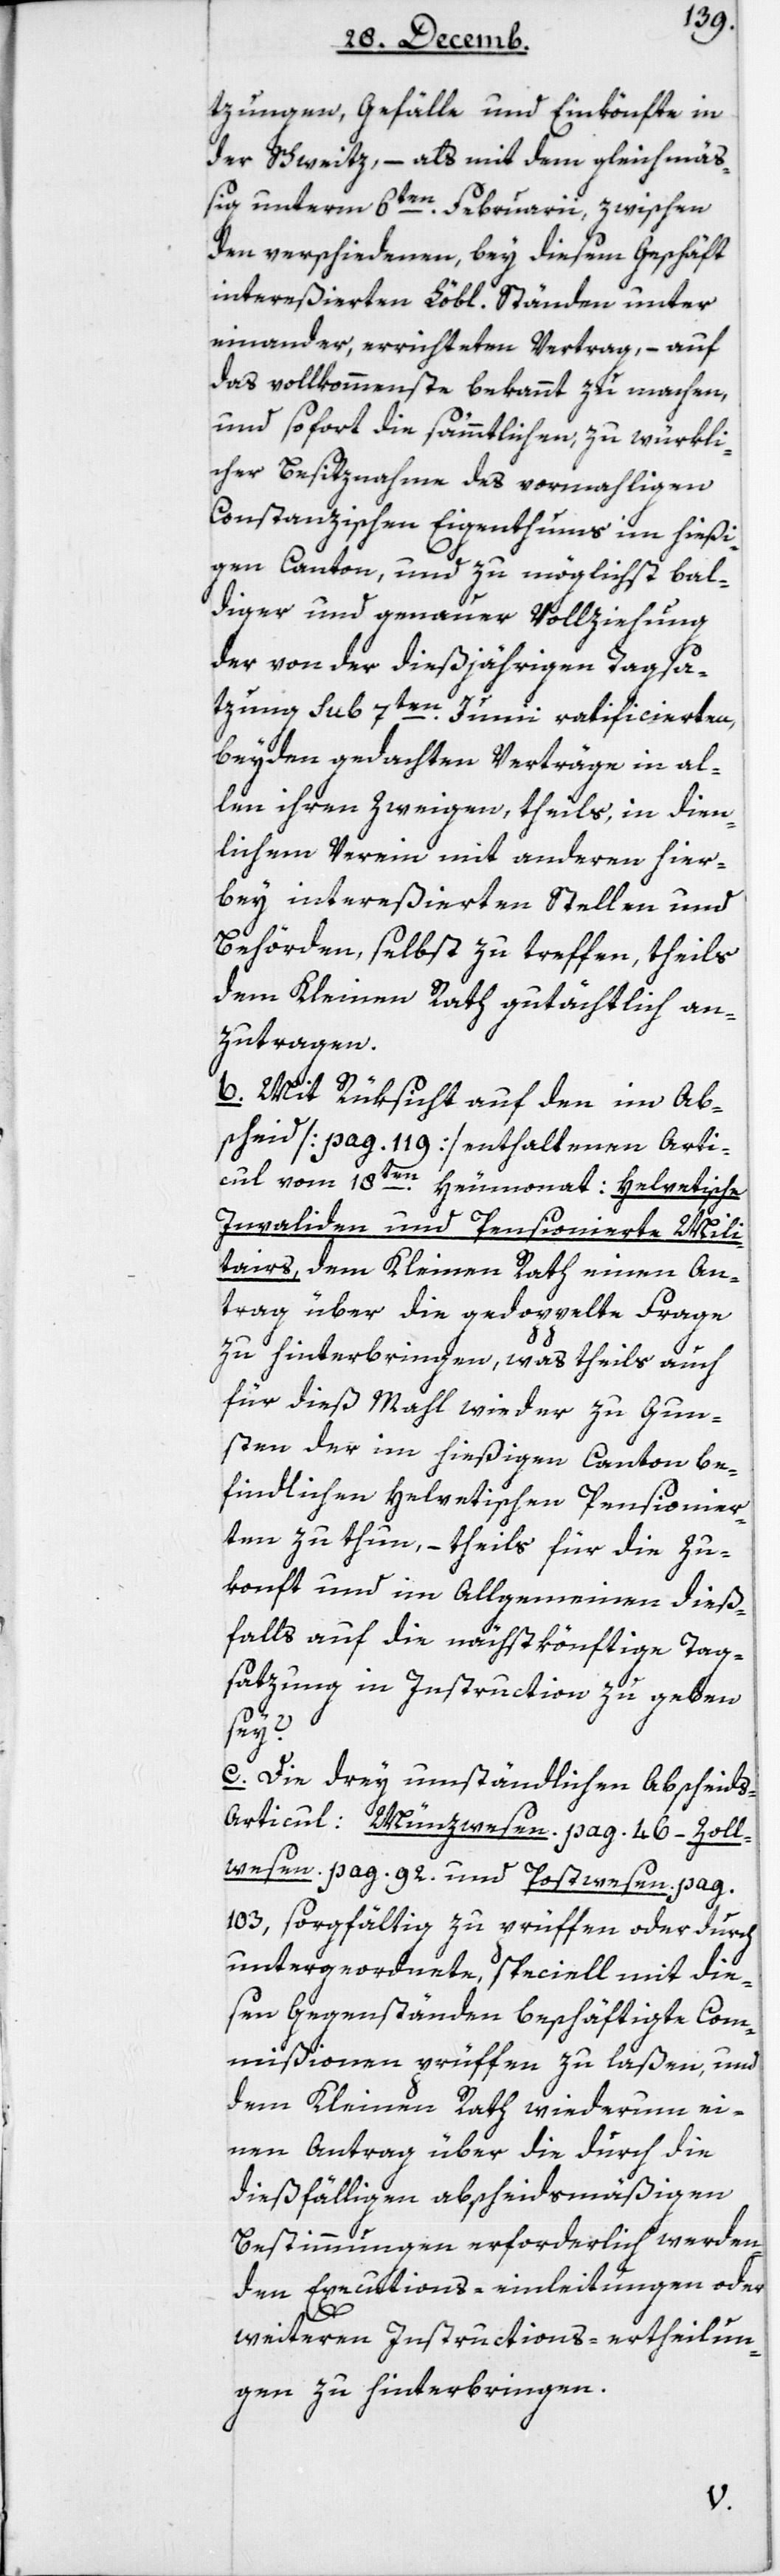
tzungen, Gefälle und Einkönfte in
der Schweitz, – als mit dem gleichmäß¬
ig unterm 6ten Februarii, zwischen
den verschiedenen, bey diesem Geschäft
intereßierten Löbl. Ständen unter
einander errichteten Vertrag, – auf
das vollkommenste bekannt zu machen,
und sofort die sämmtlichen, zu würkli¬
cher Besitznahme des vormahligen
Constanzischen Eigenthums im hießi¬
gen Canton, und zu möglichst bal¬
diger und genauer Vollziehung
der von der diesjährigen Tagsa¬
tzung Sub 7ten Juni ratificierten,
beyden gedachten Verträge in al¬
len ihren Zweigen, theils, in dien¬
lichem Verein mit andern hier¬
bey intereßierten Stellen und
Behörden, selbst zu treffen, theils
dem Kleinen Rath gutächtlich an¬
zutragen.
b. Mit Rüksicht auf den im Ab¬
scheid (pag. 119) enthaltenen Arti¬
cul vom 18ten Heumonat: Helvetische
Invaliden und Pensionierte Mili¬
tairs, dem Kleinen Rath einen An¬
trag über die gedoppelte Frage
zu hinterbringen, was theils auch
für diesmal wieder zu Gun¬
sten der im hießigen Canton be¬
findlichen Helvetischen Pensionier¬
ten zu thun, – theils für die Zu¬
konft und im Allgemeinen dieß¬
falls auf die nächstkönftige Tag¬
satzung in Instruction zu geben
sey?
c. Die drey umständlichen Abscheid¬
s-Articul Münzwesen pag. 46, Zoll¬
wesen pag. 92, und Postwesen pag.
103, sorgfältig zu prüffen oder durch
untergeordnete, speciell mit die¬
sen Gegenständen beschäftige Com¬
mißionen prüffen zu laßen, und
dem Kleinen Rath wiederum ei¬
nen Antrag über die durch die
dießfälligen abscheidsmäßigen
Bestimmungen erforderlich werden¬
den Executions-einleitungen oder
weiteren Instructions-Ertheilun¬
gen zu hinterbringen.